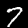
Digit: 7